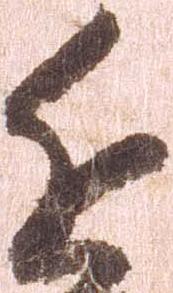
近